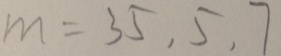
m = 3 5 , 5 , 7